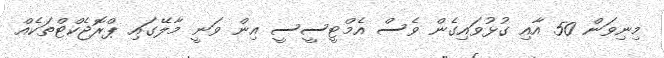
މިނިވަން 50 އާއި ގުޅުވައިގެން ވެސް އެމްޓީސީސީ އިން ވަނީ މާލޭގައި ޕްރޮޖެކްޓްތަކެއް